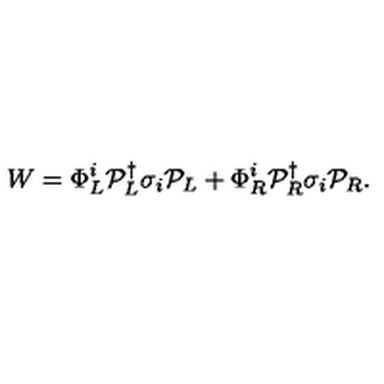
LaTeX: W = \Phi _ { L } ^ { i } { \cal P } _ { L } ^ { \dagger } \sigma _ { i } { \cal P } _ { L } + \Phi _ { R } ^ { i } { \cal P } _ { R } ^ { \dagger } \sigma _ { i } { \cal P } _ { R } .